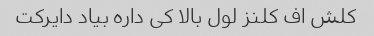
کلش اف کلنز لول بالا کی داره بیاد دایرکت